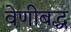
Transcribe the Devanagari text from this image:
वेणीबद्ध